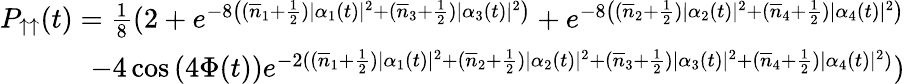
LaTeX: \begin{array}{r}{P_{\uparrow\uparrow}(t)=\frac{1}{8}(2+e^{-8\left((\overline{{n}}_{1}+\frac{1}{2})|\alpha_{1}(t)|^{2}+(\overline{{n}}_{3}+\frac{1}{2})|\alpha_{3}(t)|^{2}\right)}+e^{-8\left((\overline{{n}}_{2}+\frac{1}{2})|\alpha_{2}(t)|^{2}+(\overline{{n}}_{4}+\frac{1}{2})|\alpha_{4}(t)|^{2}\right)}}\\ {-4\cos\left(4\Phi(t)\right)e^{-2((\overline{{n}}_{1}+\frac{1}{2})|\alpha_{1}(t)|^{2}+(\overline{{n}}_{2}+\frac{1}{2})|\alpha_{2}(t)|^{2}+(\overline{{n}}_{3}+\frac{1}{2})|\alpha_{3}(t)|^{2}+(\overline{{n}}_{4}+\frac{1}{2})|\alpha_{4}(t)|^{2})})}\end{array}